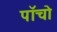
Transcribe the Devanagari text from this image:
पाॅंचो